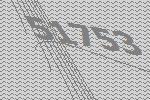
51753